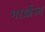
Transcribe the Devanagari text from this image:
मार्ख़ेज़